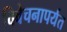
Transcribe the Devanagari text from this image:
विवेचनापर्यंत